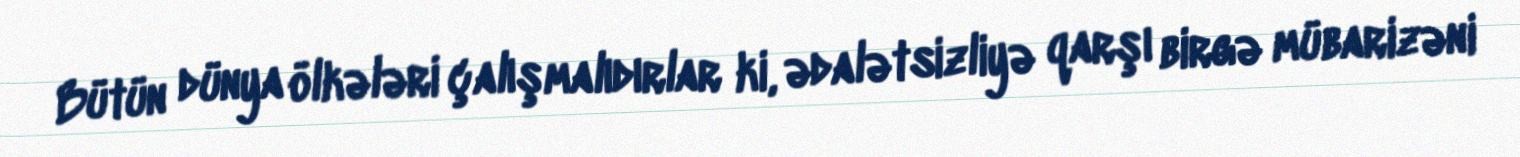
Bütün dünya ölkələri çalışmalıdırlar ki, ədalətsizliyə qarşı birgə mübarizəni